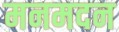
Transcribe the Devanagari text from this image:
मनमदन